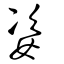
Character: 姿